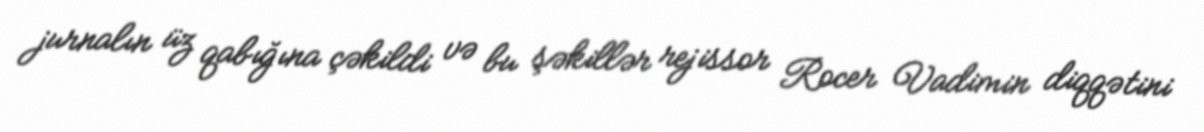
jurnalın üz qabığına çəkildi və bu şəkillər rejissor Rocer Vadimin diqqətini